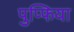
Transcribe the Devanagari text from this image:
पुप्फिया